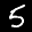
Label: 5